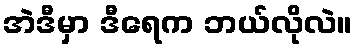
အဲဒီမှာ ဒီရေက ဘယ်လိုလဲ။